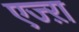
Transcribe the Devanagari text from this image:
एज्ऱा